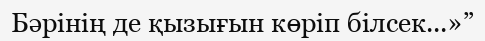
Бәрінің де қызығын көріп білсек...»”